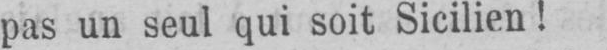
pas un seul qui soit Sicilien!